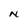
Character: N